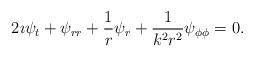
LaTeX: \begin{align*}2 \imath \psi_{t} + \psi_{rr} + \frac{1}{r}\psi_{r} + \frac{1}{k^2 r^2}\psi_{\phi\phi}=0. \end{align*}